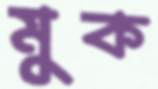
মুক